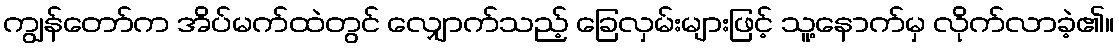
ကျွန်တော်က အိပ်မက်ထဲတွင် လျှောက်သည့် ခြေလှမ်းများဖြင့် သူ့နောက်မှ လိုက်လာခဲ့၏။